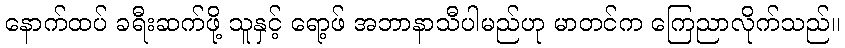
နောက်ထပ် ခရီးဆက်ဖို့ သူနှင့် ရော့ဖ် အဘာနာသီပါမည်ဟု မာတင်က ကြေညာလိုက်သည်။